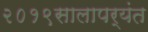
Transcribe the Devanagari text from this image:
२०१९सालापर्यंत